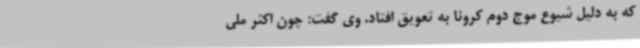
که به دلیل شیوع موج دوم کرونا به تعویق افتاد. وی گفت: چون اکثر ملی